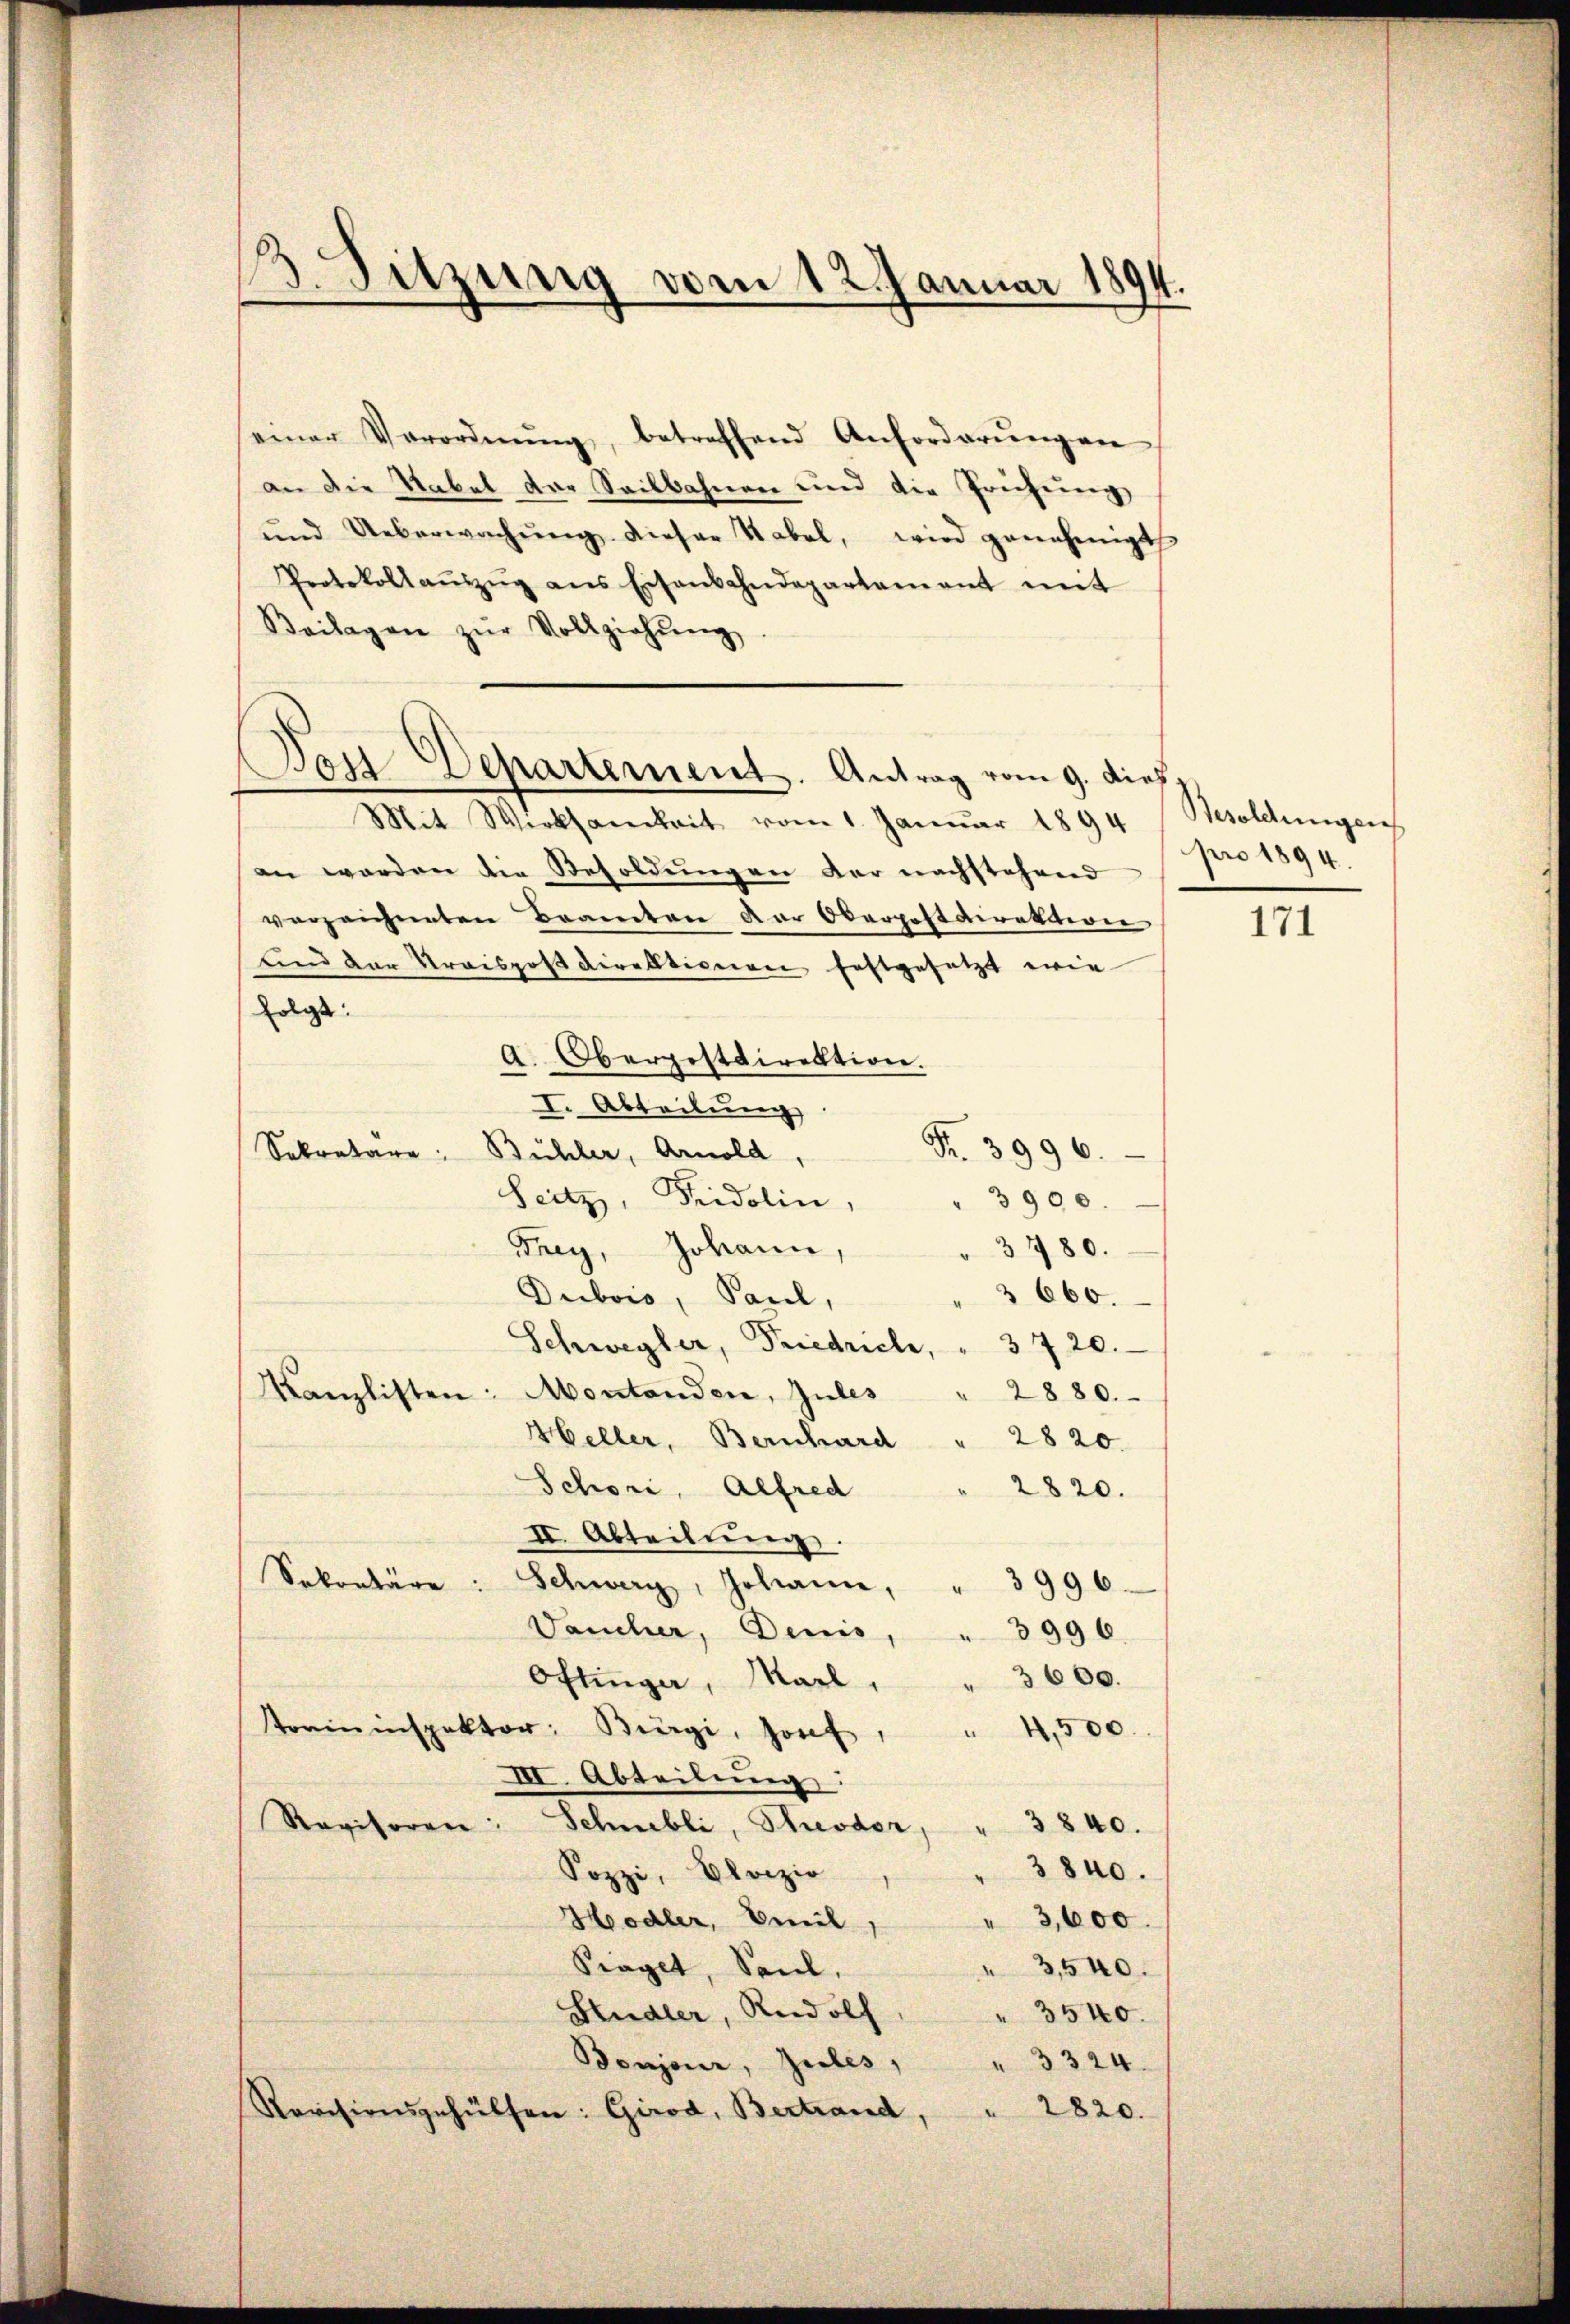
1. Sitzung vom 12. Januar 1894.

einer Verordnŭng, betreffend Anforderŭngen
an die Rabel der Seilbahnen und die Prüfung
und Ueberwachŭng dieser Nebel, wird genehmigt
Protokollaṁizŭg ans Eisenbahndepartament mit
Beilagen zŭr Vollziehŭng
Mit Werksamkeit vom 1. Januar 1894
an werden die Besoldŭngen der nachstehend
verzeichneten Beamten der Oberpostdirektion
und der Kraispostdirektionen festgesetzt wie
folgt:
A. Obergestdirektion.
I. Abteilung
Fr. 3996.
Sekretare. Bühler, Arnold,
Seitz, Fridolin,
3900.
3480.
Frey, Johann
 660.
Dubois, Paul,
Schwegler, Friedrich, " 3720.
Montanden, Jules
Kanzlisten.
2880.
Heller, Bernhard
2820.
Schori, Alfred
2820.
II. Abteilŭng.
Sakontäre:
Schwerz, Johann, " 3996.
Vaucher, Denis, " 3996.
Oftinger, Marl" " 3600.
Tormninspektor Bürgi, Josef
4,500.
III. Abteilung:
Revisoren: Schnebli, Schröder,
3840.
4
3840.
Sozzi, Devizio
Hodler, Emil
" 3,600.
Sraget, Saul.
 3,540.
Sudler, Rudolf
" 3540.
Boujour, Zieles " " 3324.
2820.
Revisionsgehülfen: Girod, Bertrand.

Don Departement. Antrag vom 9. dief

Besoldungen
pro 1894.

171